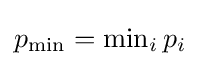
p_{\text{min}}=\textstyle \min _{i}p_{i}